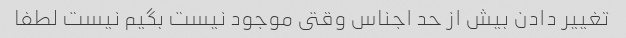
تغییر دادن بیش از حد اجناس وقتى موجود نیست بگیم نیست لطفا